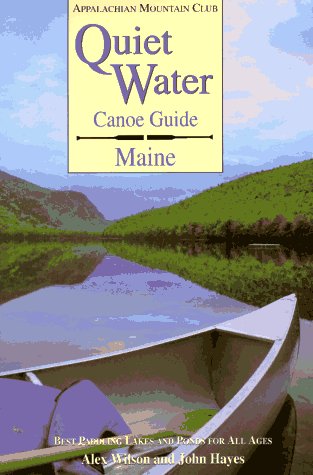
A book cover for Quiet Water Canoe Guide: Maine; Alex Wilson; Travel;